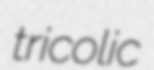
tricolic